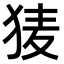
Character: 𭸌